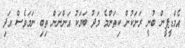
އެމްޑީޕީން ބުނީ ރަށަކުން ކިތަންމެ މަދު ބަޔަކު އަންނަން ތިބި ނަމަވެސް އަދި